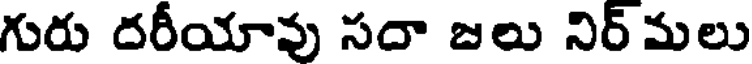
గురు దరీయావు సదా జలు నిర్ మలు